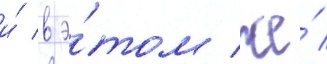
и́ в э́том же́